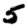
Digit: 5